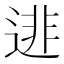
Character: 𨓿